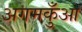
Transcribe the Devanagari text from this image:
अगमकुँआ